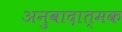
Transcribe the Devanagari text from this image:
अनुवादात्मक